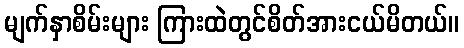
မျက်နှာစိမ်းများ ကြားထဲတွင်စိတ်အားငယ်မိတယ်။